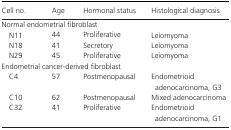
<table><thead><tr><td><b>Cell no.</b></td><td><b>Age</b></td><td><b>Hormonal status</b></td><td><b>Histological diagnosis</b></td></tr></thead><tbody><tr><td colspan="4">Normal endometrial fibroblast</td></tr><tr><td>N11</td><td>44</td><td>Proliferative</td><td>Leiomyoma</td></tr><tr><td>N18</td><td>41</td><td>Secretory</td><td>Leiomyoma</td></tr><tr><td>N29</td><td>45</td><td>Proliferative</td><td>Leiomyoma</td></tr><tr><td colspan="4">Endometrial cancer‐derived fibroblast</td></tr><tr><td>C4</td><td>57</td><td>Postmenopausal</td><td>Endometrioid adenocarcinoma, G3</td></tr><tr><td>C10</td><td>62</td><td>Postmenopausal</td><td>Mixed adenocarcinoma</td></tr><tr><td>C32</td><td>41</td><td>Proliferative</td><td>Endometrioid adenocarcinoma, G1</td></tr></tbody></table>